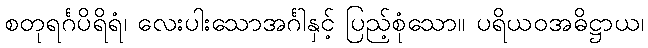
စတုရင်္ဂပိရိရံ၊ လေးပါးသောအင်္ဂါနှင့် ပြည့်စုံသော။ ပရိယဝအဓိဋ္ဌာယ၊